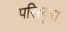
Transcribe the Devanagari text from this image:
परिस्‍कृत